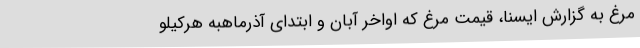
مرغ به گزارش ایسنا، قیمت مرغ که اواخر آبان و ابتدای آذرماهبه هرکیلو